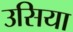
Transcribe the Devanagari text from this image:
उसिया